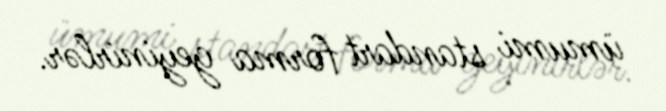
ümumi standart forma geyinirlər.